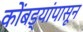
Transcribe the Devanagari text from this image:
कोंबड्यांपासून